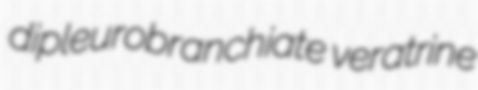
dipleurobranchiate veratrine